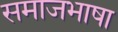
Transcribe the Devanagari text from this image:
समाजभाषा